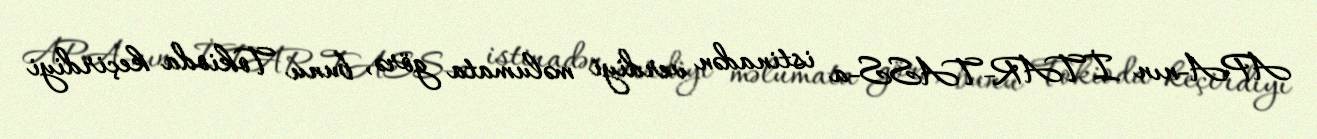
APA-nın İTAR-TASS-a istinadən verdiyi məlumata görə, bunu Tokioda keçirdiyi